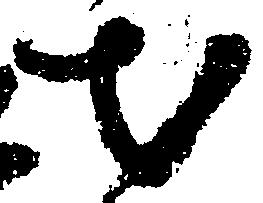
出